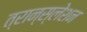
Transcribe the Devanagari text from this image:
त्रान्स्लेशन